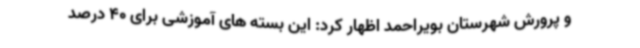
و پرورش شهرستان بویراحمد اظهار کرد: این بسته های آموزشی برای 40 درصد